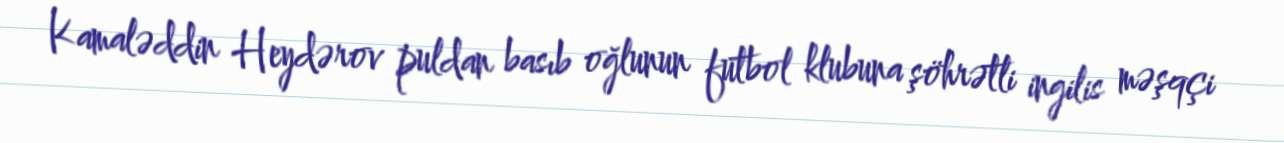
Kamaləddin Heydərov puldan basıb oğlunun futbol klubuna şöhrətli ingilis məşqçi